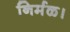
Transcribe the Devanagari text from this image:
निर्मळ।